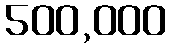
500,000